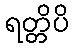
ရတ္တိပိ